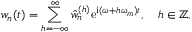
w _ { n } ( t ) = \sum _ { h = - \infty } ^ { \infty } \hat { w } _ { n } ^ { ( h ) } \mathrm { e } ^ { \mathrm { i } ( \omega + h \omega _ { m } ) t } , \quad h \in \mathbb { Z } ,